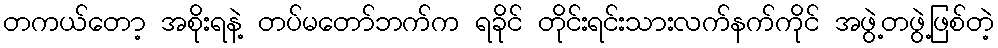
တကယ်တော့ အစိုးရနဲ့ တပ်မတော်ဘက်က ရခိုင် တိုင်းရင်းသားလက်နက်ကိုင် အဖွဲ့တဖွဲ့ဖြစ်တဲ့